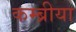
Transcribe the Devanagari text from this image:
कम्ब्रीया